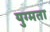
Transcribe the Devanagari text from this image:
युग्मता